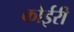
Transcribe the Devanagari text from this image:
कोईरी